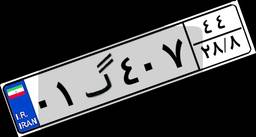
۷۳گ۸۸۷۶۱